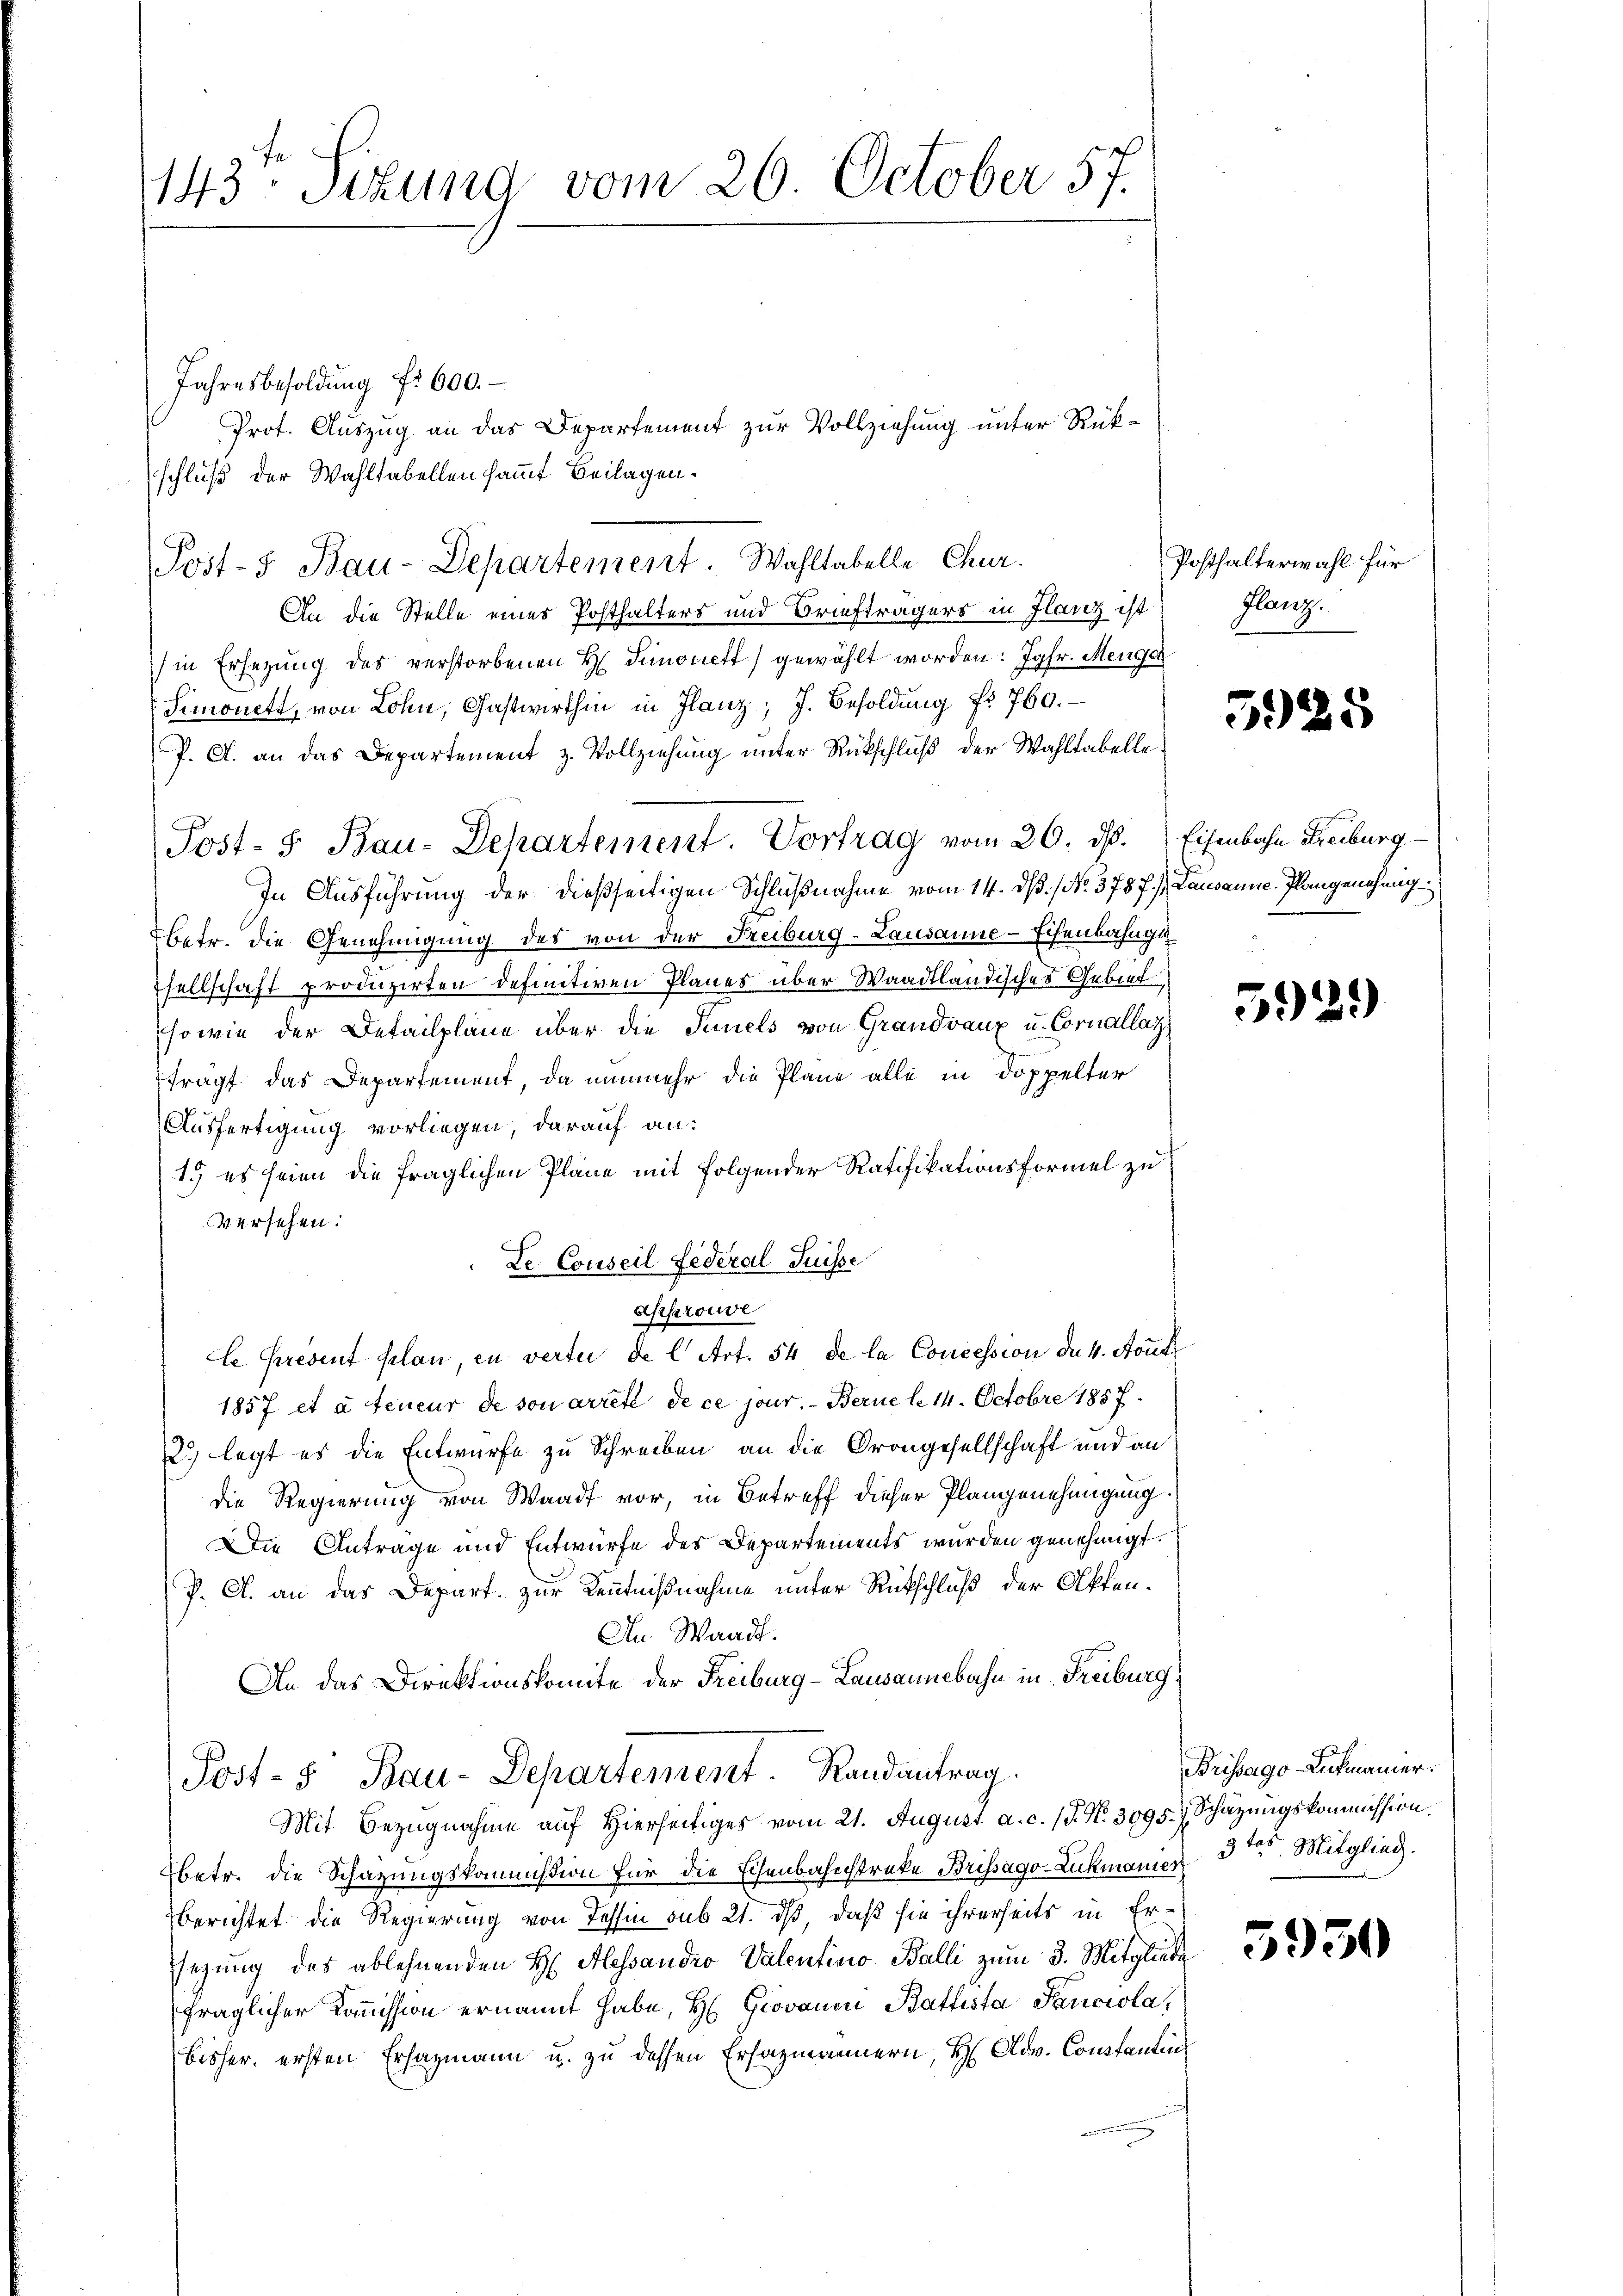
143. Sitzung vom 26. October 57.

Jahresbesoldung f. 600.
Prot. Auszug an das Departement zur Vollziehung unter Rükschluß der Wahltabellen sammt Beilagen.
An die Stelle eines Posthalters und Briefträgers in Flanz ist
in Ersezung des verstorbenen H. Simonett gewählt worden: Jgfr. Menge
Simonett, von Lohn, Gastwirthin in Flanz, J. Besoldŭng Nr. 760.
P. A. an das Departement z. Vollziehung unter Rückschluß der Wahltabelle.
In Ausführung der dießseitigen Schlußnahme vom 14. ds. No. 378 f.) Lausanne Plangenehmig
betr. die Genehmigung des von der Freiburg-Lausanne-Eisenbahnge
sellschaft produzirten definitiven Planes über Waadtländisches Gebiet
sowie der Detailpläne über die Tauels von Grandvaux u. Cornallat
fragt das Departement, da nunmehr die Plane alle in Doppelter
Ausfertigung vorliegen, darauf an:
1.) es seien die fraglichen Pläne mit folgender Ratifikationsformel zu
versehen:
Le Conseil Federal Suisse
approuve
le present plan in vertei de l. Art. 54 de la Concession de 4. Auft
1857 et à teneur de son arreté de ce jour. — Berne le 14. Octobre 1857.
2.) legt es die Entwurfe zu Schreiben an die Orangesellschaft und an
die Regierung von Waadt vor, in Betreff dieser Plangenehmigung.
Die Antrage und Entwurfe des Departements wurden genehmigt.
P. A. an das Depart zur Kenntnißnahme unter Rückschluß der Akten.
An Waadt.
An das Direktionskomite der Freiburg-Lausannebahn in Freiburg,
Post- 5. Bau-Departement. Randantrag.
Mit Bezugnahme auf hierseitiges vom 21. August a. c. (T. N. 3095. Schätzungskommission.
betr. die Schazungskommißion für die Eisenbahnstreke Brissago-Lukmanier 3. Mitglied.
berichtet die Regierung von Tessin sub 21. dß daß sie ihrerseits in Erslegung des ablehnenden H. Alessandro Valentino Balli zum 3. Mitgliede
fraglicher Kommission ernannt habe, H. Giovanen Battista Sanciola,
bisher ersten Erhagmann u. zu dessen Ersatzmännern, H. Adv. Constantin

Post- & Bau-Departement. Wahltabelle Chur.

Post- 5. Bau-Dehartement. Vortrag vom 30. ds. Eisenbahn Freiburg

Posthalterwahl für
Glanz.

5925

592.)

Brissago-Lukmanner.

5950